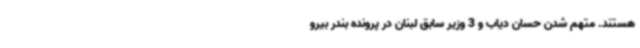
هستند. متهم شدن حسان دیاب و 3 وزیر سابق لبنان در پرونده بندر بیرو